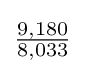
{\tfrac {9,180}{8,033}}